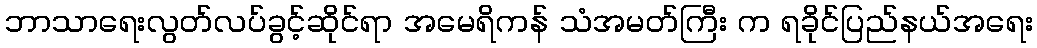
ဘာသာရေးလွတ်လပ်ခွင့်ဆိုင်ရာ အမေရိကန် သံအမတ်ကြီး က ရခိုင်ပြည်နယ်အရေး